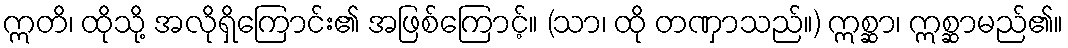
ဣတိ၊ ထိုသို့ အလိုရှိကြောင်း၏ အဖြစ်ကြောင့်။ (သာ၊ ထို တဏှာသည်။) ဣစ္ဆာ၊ ဣစ္ဆာမည်၏။